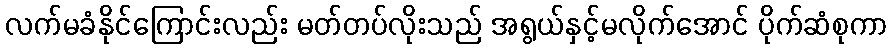
လက်မခံနိုင်ကြောင်းလည်း မတ်တပ်လိုးသည် အရွယ်နှင့်မလိုက်အောင် ပိုက်ဆံစုကာ